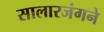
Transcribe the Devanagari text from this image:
सालारजंगने